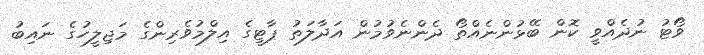
ވޯޓު ނުދެއްވީ ކޮން ބޭޅުންނެއްތޯ ދެންނެވުމުން އަދާލަތު ޕާޓީގެ އިލްމުވެރިންގެ މަޖިލީހުގެ ނައިބު